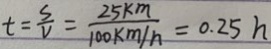
t = \frac { s } { V } = \frac { 2 5 k m } { 1 0 0 k m / h } = 0 . 2 5 h